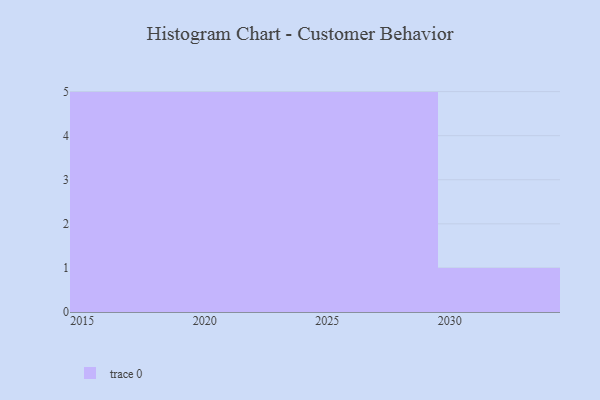
{"axis": {"x": "Year", "y": "Humidity (%)"}, "legend": [""], "data": [{"x": "2025", "y": 14, "type": ""}, {"x": "2029", "y": 7, "type": ""}, {"x": "2022", "y": 12, "type": ""}, {"x": "2019", "y": 92, "type": ""}, {"x": "2015", "y": 86, "type": ""}, {"x": "2021", "y": 35, "type": ""}, {"x": "2024", "y": 66, "type": ""}, {"x": "2016", "y": 33, "type": ""}, {"x": "2026", "y": 44, "type": ""}, {"x": "2028", "y": 70, "type": ""}, {"x": "2018", "y": 31, "type": ""}, {"x": "2023", "y": 30, "type": ""}, {"x": "2027", "y": 70, "type": ""}, {"x": "2020", "y": 14, "type": ""}, {"x": "2030", "y": 23, "type": ""}, {"x": "2017", "y": 21, "type": ""}]}